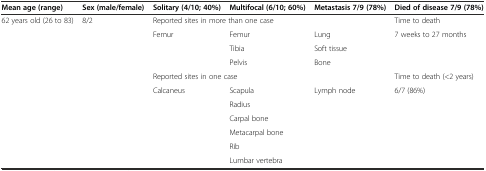
| Mean age (range) | Sex (male/female) | Solitary (4/10; 40%) | Multifocal (6/10; 60%) | Metastasis 7/9 (78%) | Died of disease 7/9 (78%) |
 | --- | --- | --- | --- | --- | --- |
 | <ROWSPAN=10> 62 years old (26 to 83) | <ROWSPAN=10> 8/2 | <COLSPAN=3> Reported sites in more than one case | Time to death |
 | <ROWSPAN=3> Femur | Femur | Lung | <ROWSPAN=3> 7 weeks to 27 months |
 | Tibia | Soft tissue |
 | Pelvis | Bone |
 | <COLSPAN=3> Reported sites in one case | Time to death (<2 years) |
 | <ROWSPAN=6> Calcaneus | Scapula | <ROWSPAN=6> Lymph node | <ROWSPAN=6> 6/7 (86%) |
 | Radius |
 | Carpal bone |
 | Metacarpal bone |
 | Rib |
 |  |  | Lumbar vertebra |